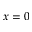
x = 0